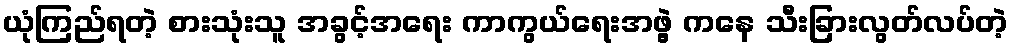
ယုံကြည်ရတဲ့ စားသုံးသူ အခွင့်အရေး ကာကွယ်ရေးအဖွဲ့ ကနေ သီးခြားလွတ်လပ်တဲ့